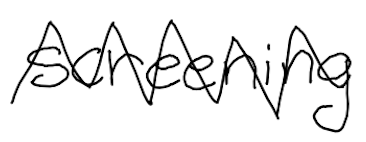
Text: screening
Cross-out: zig-zag
Writing tool: digital_black